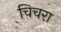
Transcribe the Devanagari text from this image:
चिचरा